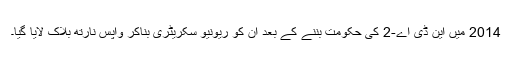
2014 میں این ڈی اے-2 کی حکومت بننے کے بعد ان کو ریونیو سکریٹری بناکر واپس نارتھ بلاک لایا گیا۔